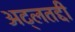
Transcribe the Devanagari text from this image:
अट्लतद्दी